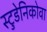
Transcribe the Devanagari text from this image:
स्टुडेनिकोवा